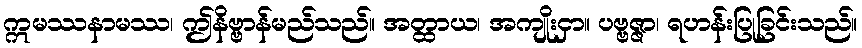
ဣမဿနာမဿ၊ ဤနိဗ္ဗာန်မည်သည်။ အတ္ထာယ၊ အကျိုးငှာ။ ပဗ္ဗဇ္ဇာ၊ ရဟန်းပြုခြင်းသည်။